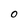
Character: O